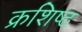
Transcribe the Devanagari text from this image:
क्रशिष्ठ